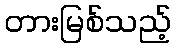
တားမြစ်သည့်